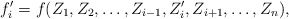
\begin{align*}f_i' = f(Z_1,Z_2,\ldots,Z_{i-1},Z_i',Z_{i+1},\ldots,Z_n),\end{align*}